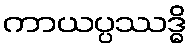
ကာယပ္ပဿဒ္ဓိ